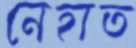
নেহাত